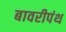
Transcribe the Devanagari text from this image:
बावरीपंथ